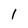
Character: l